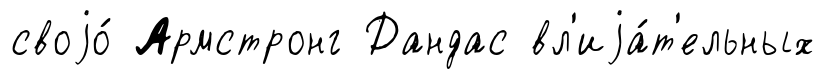
своjо́ Армстронг Дандас вл'иjа́т'ельных